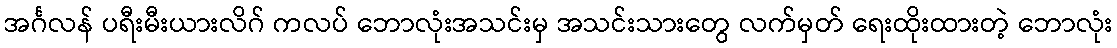
အင်္ဂလန် ပရီးမီးယားလိဂ် ကလပ် ဘောလုံးအသင်းမှ အသင်းသားတွေ လက်မှတ် ရေးထိုးထားတဲ့ ဘောလုံး